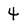
Character: 4